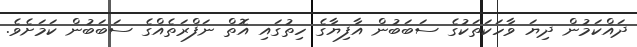
ދައްކަމުން ދިޔަ ވާހަކަތަކުގެ ސަބަބުން އާފިޔާގެ ހިތުގައި އޮތް ނަފްރަތެއްގެ ސަބަބުން ކަމަށެވެ.